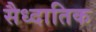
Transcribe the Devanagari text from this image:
सैध्दातिक